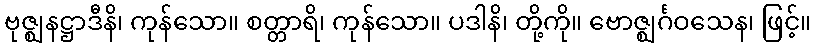
ဗုဇ္ဈနဋ္ဌာဒီနိ၊ ကုန်သော။ စတ္တာရိ၊ ကုန်သော။ ပဒါနိ၊ တို့ကို။ ဗောဇ္ဈင်္ဂဝသေန၊ ဖြင့်။